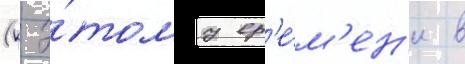
(к э́тому вр'е́м'ен'и в